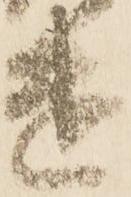
遣